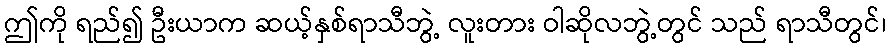
ဤကို ရည်၍ ဦးယာက ဆယ့်နှစ်ရာသီဘွဲ့ လူးတား ဝါဆိုလဘွဲ့တွင် သည် ရာသီတွင်၊